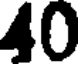
40